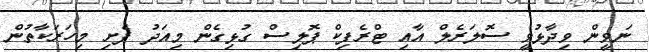
ނަވީން ވިދާޅުވީ ސޮލަރެލް އާއި ޓްރެފިކް ޕޮލިސް ގުޅިގެން މިއަދު ފެށި މިހަރަކާތުން